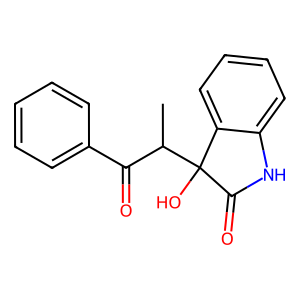
SMILES: CC(C(=O)c1ccccc1)C1(O)C(=O)Nc2ccccc21
Inhibits HIV replication: No